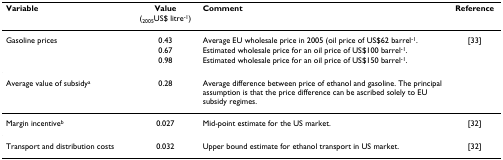
<table><thead><tr><td><b>Variable</b></td><td><b>Value(<sub>2005</sub>US$ litre<sup>-1</sup>)</b></td><td><b>Comment</b></td><td><b>Reference</b></td></tr></thead><tbody><tr><td>Gasoline prices</td><td>0.43</td><td>Average EU wholesale price in 2005 (oil price of US$62 barrel<sup>-1</sup>.</td><td>[33]</td></tr><tr><td></td><td>0.67</td><td>Estimated wholesale price for an oil price of US$100 barrel<sup>-1</sup>.</td><td></td></tr><tr><td></td><td>0.98</td><td>Estimated wholesale price for an oil price of US$150 barrel<sup>-1</sup>.</td><td></td></tr><tr><td>Average value of subsidy<sup>a</sup></td><td>0.28</td><td>Average difference between price of ethanol and gasoline. The principal assumption is that the price difference can be ascribed solely to EU subsidy regimes.</td><td></td></tr><tr><td>Margin incentive<sup>b</sup></td><td>0.027</td><td>Mid-point estimate for the US market.</td><td>[32]</td></tr><tr><td>Transport and distribution costs</td><td>0.032</td><td>Upper bound estimate for ethanol transport in US market.</td><td>[32]</td></tr></tbody></table>